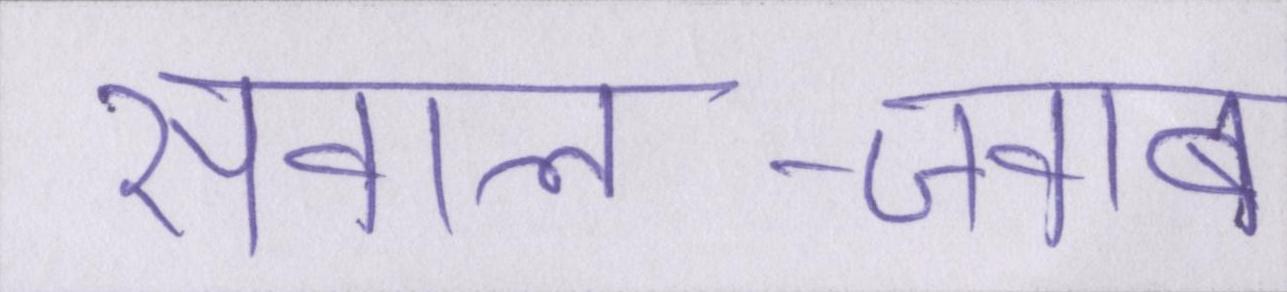
सवाल-जवाब